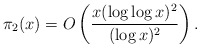
\begin{align*} \pi_2(x) = O \left( \frac{x (\log \log x)^2}{(\log x)^2} \right). \end{align*}